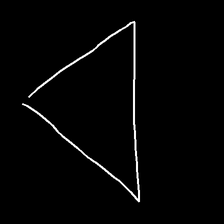
Glyph: convergence